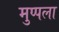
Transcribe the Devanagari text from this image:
मुप्पला